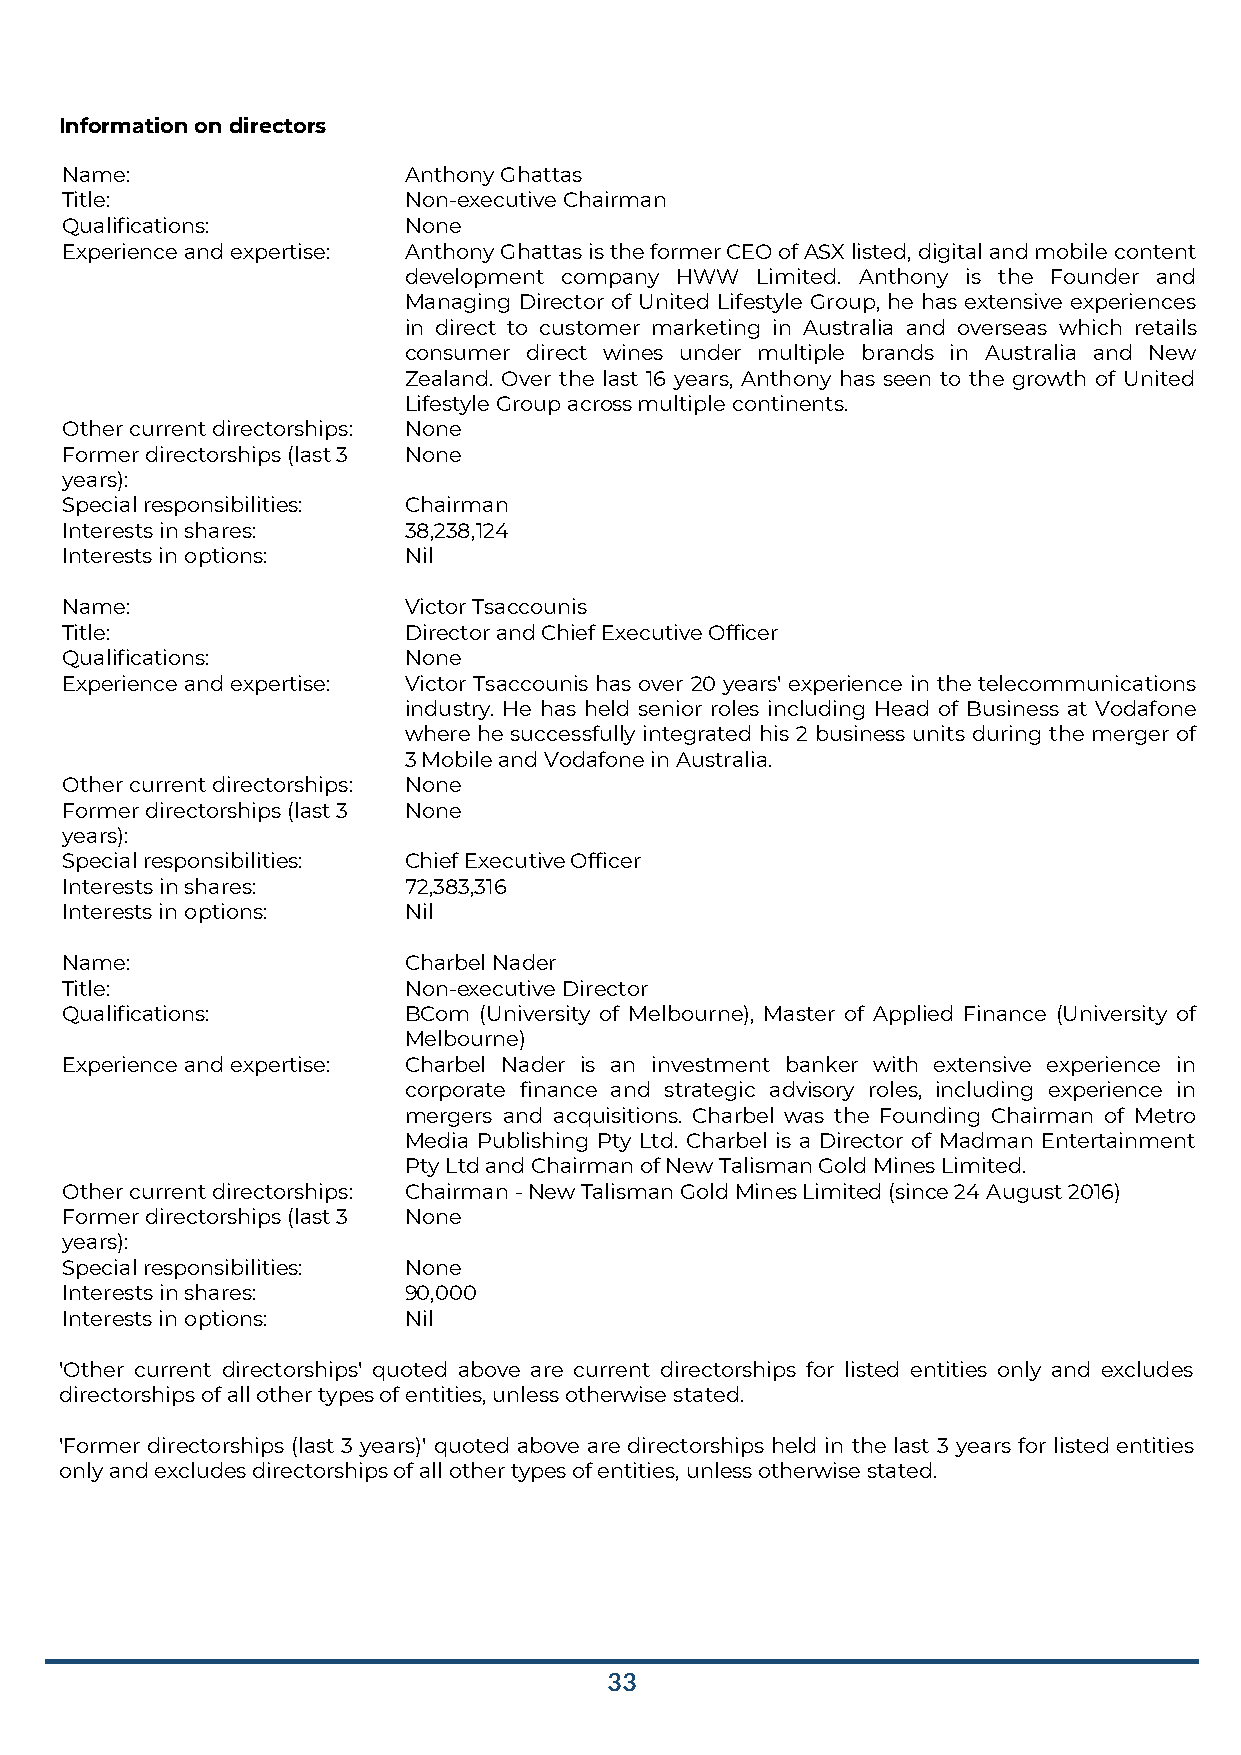
Information on directors
 Name:                  Anthony Ghattas
 Title:                 Non-executive Chairman
 Qualifications:        None
 Experience and expertise: Anthony Ghattas is the former CEO of ASX listed, digital and mobile content
 development company HWW Limited. Anthony is the Founder and
 Managing Director of United Lifestyle Group, he has extensive experiences
 in direct to customer marketing in Australia and overseas which retails
 consumer direct wines under multiple brands in Australia and New
 Zealand. Over the last 16 years, Anthony has seen to the growth of United
 Lifestyle Group across multiple continents.
 Other current directorships: None
 Former directorships (last 3 None
 years):
 Special responsibilities: Chairman
 Interests in shares:   38,238,124
 Interests in options:  Nil
 Name:                  Victor Tsaccounis
 Title:                 Director and Chief Executive Officer
 Qualifications:        None
 Experience and expertise: Victor Tsaccounis has over 20 years' experience in the telecommunications
 industry. He has held senior roles including Head of Business at Vodafone
 where he successfully integrated his 2 business units during the merger of
 3 Mobile and Vodafone in Australia.
 Other current directorships: None
 Former directorships (last 3 None
 years):
 Special responsibilities: Chief Executive Officer
 Interests in shares:   72,383,316
 Interests in options:  Nil
 Name:                  Charbel Nader
 Title:                 Non-executive Director
 Qualifications:        BCom (University of Melbourne), Master of Applied Finance (University of
 Melbourne)
 Experience and expertise: Charbel Nader is an investment banker with extensive experience in
 corporate finance and strategic advisory roles, including experience in
 mergers and acquisitions. Charbel was the Founding Chairman of Metro
 Media Publishing Pty Ltd. Charbel is a Director of Madman Entertainment
 Pty Ltd and Chairman of New Talisman Gold Mines Limited.
 Other current directorships: Chairman - New Talisman Gold Mines Limited (since 24 August 2016)
 Former directorships (last 3 None
 years):
 Special responsibilities: None
 Interests in shares:   90,000
 Interests in options:  Nil
 'Other current directorships' quoted above are current directorships for listed entities only and excludes
 directorships of all other types of entities, unless otherwise stated.
 'Former directorships (last 3 years)' quoted above are directorships held in the last 3 years for listed entities
 only and excludes directorships of all other types of entities, unless otherwise stated.
 33